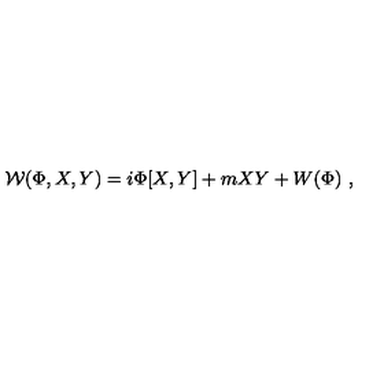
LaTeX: { \cal W } ( \Phi , X , Y ) = i \Phi [ X , Y ] + m X Y + W ( \Phi ) \ ,